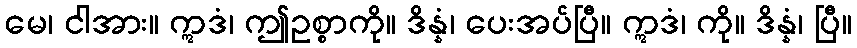
မေ၊ ငါအား။ ဣဒံ၊ ဤဥစ္စာကို။ ဒိန္နံ၊ ပေးအပ်ပြီ။ ဣဒံ၊ ကို။ ဒိန္နံ၊ ပြီ။